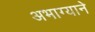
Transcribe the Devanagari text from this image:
अभाग्याने